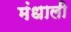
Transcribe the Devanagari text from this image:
मंधाली